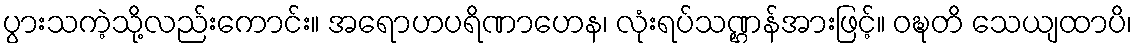
ပွားသကဲ့သို့လည်းကောင်း။ အရောဟပရိဏာဟေန၊ လုံးရပ်သဏ္ဌန်အားဖြင့်။ ဝဍ္ဎတိ သေယျထာပိ၊